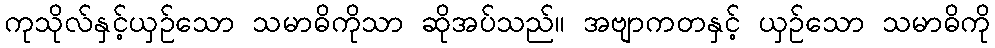
ကုသိုလ်နှင့်ယှဉ်သော သမာဓိကိုသာ ဆိုအပ်သည်။ အဗျာကတနှင့် ယှဉ်သော သမာဓိကို